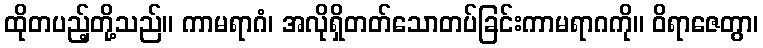
ထိုတပည့်တို့သည်။ ကာမရာဂံ၊ အလိုရှိတတ်သောတပ်ခြင်းကာမရာဂကို။ ဝိရာဇေတွာ၊